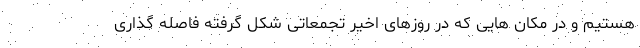
هستیم و در مکان هایی که در روزهای اخیر تجمعاتی شکل گرفته فاصله گذاری